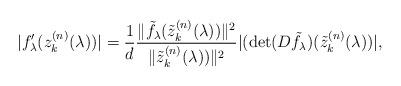
LaTeX: \begin{gather*} |f_{\lambda}'(z^{(n)}_k(\lambda))| =\frac{1}{d}\frac{\|\tilde{f}_{\lambda}(\tilde{z}^{(n)}_k(\lambda))\|^2}{\|\tilde{z}^{(n)}_k(\lambda))\|^2} |(\det(D\tilde{f}_{\lambda})(\tilde{z}^{(n)}_k(\lambda))|, \end{gather*}